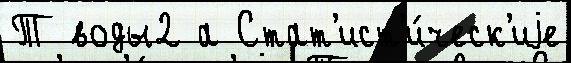
Т воды2 а Стат'ист'и́ческ'иjе